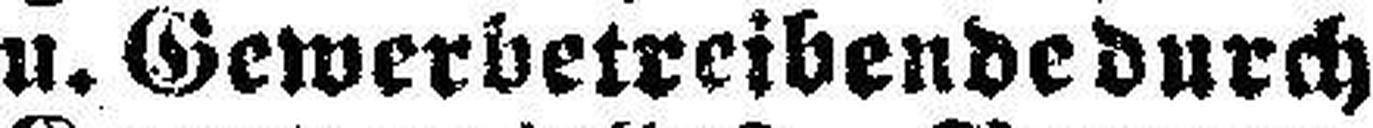
u. Gewerbetreibende durch